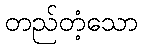
တည်တံ့သော